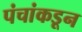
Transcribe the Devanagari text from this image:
पंचांकडून